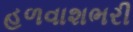
હળવાશભરી